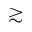
\gtrsim